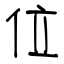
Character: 位